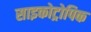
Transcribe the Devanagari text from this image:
साइकोट्रोपिक